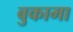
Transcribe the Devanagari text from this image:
बुकामा